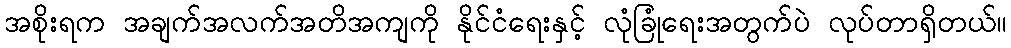
အစိုးရက အချက်အလက်အတိအကျကို နိုင်ငံရေးနှင့် လုံခြုံရေးအတွက်ပဲ လုပ်တာရှိတယ်။